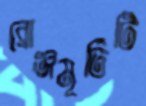
ব্রোঞ্জমূর্তিটি